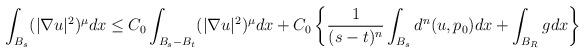
LaTeX: \begin{align*}\begin{aligned}\int_{B_{s}}(|\nabla u|^{2})^{\mu}dx \le C_{0}\int_{B_{s}-B_{t}}(|\nabla u|^{2})^{\mu}dx +C_{0}\left\{ \frac{1}{(s-t)^{n}}\int_{B_{s}}d^{n}(u,p_{0})dx+\int_{B_{R}}gdx\right\}\end{aligned}\end{align*}